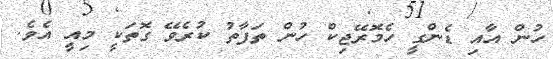
ހުން އާއި ޑެންގީ ހެމޮރޭޖިކް ހުން ތަފާތު ކުރެވޭ ގޮތަކީ މިއީ އެވެ.